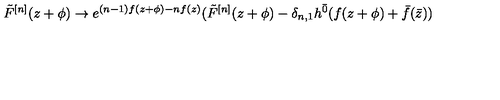
\tilde { F } ^ { [ n ] } ( z + \phi ) \rightarrow e ^ { ( n - 1 ) f ( z + \phi ) - n f ( z ) } ( \tilde { F } ^ { [ n ] } ( z + \phi ) - \delta _ { n , 1 } h ^ { \bar { 0 } } ( f ( z + \phi ) + \bar { f } ( \bar { z } ) )